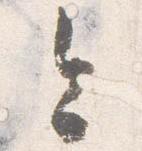
今